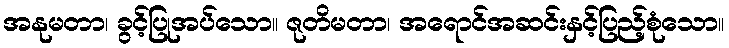
အနုမတာ၊ ခွင့်ပြုအပ်သော။ ဇုတိမတာ၊ အရောင်အဆင်းနှင့်ပြည့်စုံသော။